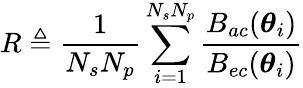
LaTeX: R\triangleq\frac{1}{N_{s}N_{p}}\sum_{i=1}^{N_{s}N_{p}}\frac{B_{ac}(\boldsymbol\theta_{i})}{B_{ec}(\boldsymbol\theta_{i})}